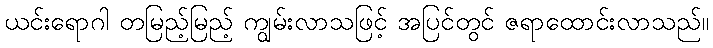
ယင်းရောဂါ တမြည့်မြည့် ကျွမ်းလာသဖြင့် အပြင်တွင် ဇရာထောင်းလာသည်။